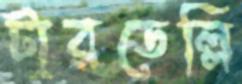
টারডেল্লি